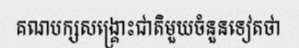
គណបក្សសង្គ្រោះជាតិមួយចំនួនទៀតថា